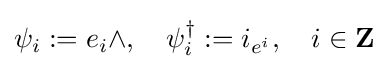
\psi _{i}:=e_{i}\wedge ,\quad \psi _{i}^{\dagger }:=i_{e^{i}},\quad i\in \mathbf {Z}